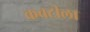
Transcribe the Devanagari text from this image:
कवटीला